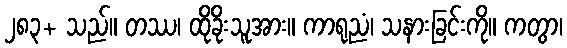
၂၈၃+ သည်။ တဿ၊ ထိုခိုးသူအား။ ကာရုညံ၊ သနားခြင်းကို။ ကတွာ၊